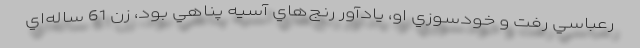
رعباسي رفت و خودسوزي او، يادآور رنج‌هاي آسيه پناهي بود، زن 61 ساله‌اي